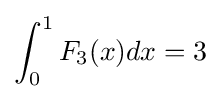
\int _{0}^{1}F_{3}(x)dx=3